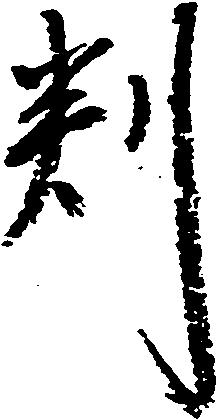
判